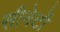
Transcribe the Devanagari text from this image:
सीनेटों